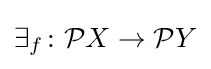
\exists _{f}\colon {\mathcal {P}}X\to {\mathcal {P}}Y